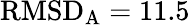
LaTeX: \mathrm{RMSD}_{\mathrm{A}}=11.5